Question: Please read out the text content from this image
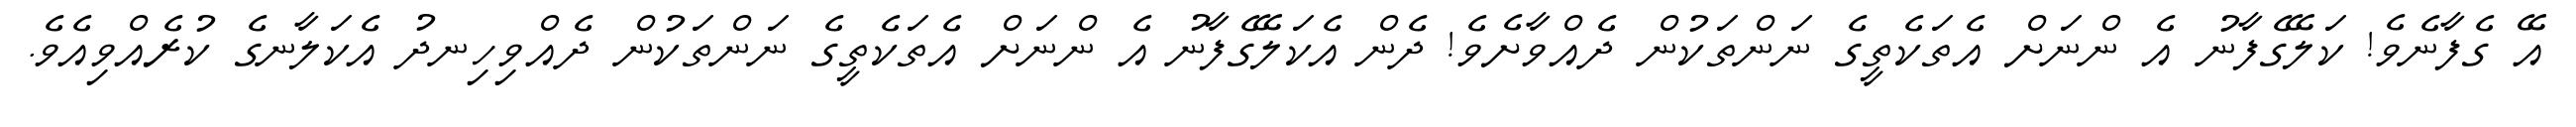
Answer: އޭ ގެފާނެވެ! ކަލޭގެފާނު އެ ންނަށް އެތަކެތީގެ ނަންތަކުން ދެއްވާށެވެ! ދެން އެކަލޭގެފާނު އެ ންނަށް އެތަކެތީގެ ނަންތަކުން ދެއްވިހިނދު އެކަލާނގެ ކުރެއްވިއެވެ.